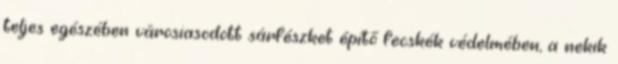
teljes egészében városiasodott sárfészket építő fecskék védelmében, a nekik